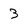
Character: 3